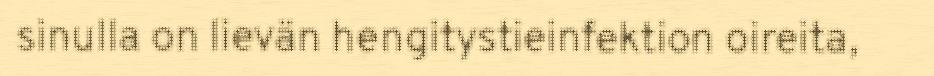
sinulla on lievän hengitystieinfektion oireita,